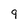
Character: 9